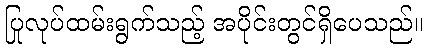
ပြုလုပ်ထမ်းရွက်သည့် အပိုင်းတွင်ရှိပေသည်။